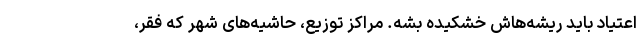
اعتیاد باید ریشه‌هاش خشکیده بشه. مراکز توزیع، حاشیه‌های شهر که فقر،